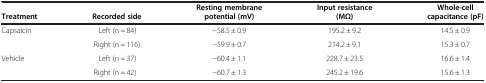
<table><thead><tr><td><b> </b></td><td><b> </b></td><td><b>Resting membrane</b></td><td><b>Input resistance</b></td><td><b>Whole-cell</b></td></tr><tr><td><b>Treatment</b></td><td><b>Recorded side</b></td><td><b>potential (mV)</b></td><td><b>(MΩ)</b></td><td><b>capacitance (pF)</b></td></tr></thead><tbody><tr><td>Capsaicin</td><td>Left (n = 84)</td><td>−58.5 ± 0.9</td><td>195.2 ± 9.2</td><td>14.5 ± 0.9</td></tr><tr><td> </td><td>Right (n = 116)</td><td>−59.9 ± 0.7</td><td>214.2 ± 9.1</td><td>15.3 ± 0.7</td></tr><tr><td>Vehicle</td><td>Left (n = 37)</td><td>−60.4 ± 1.1</td><td>228.7 ± 23.5</td><td>16.6 ± 1.4</td></tr><tr><td> </td><td>Right (n = 42)</td><td>−60.7 ± 1.3</td><td>245.2 ± 19.6</td><td>15.6 ± 1.3</td></tr></tbody></table>